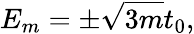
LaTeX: E_{m}=\pm\sqrt{3m}t_{0},